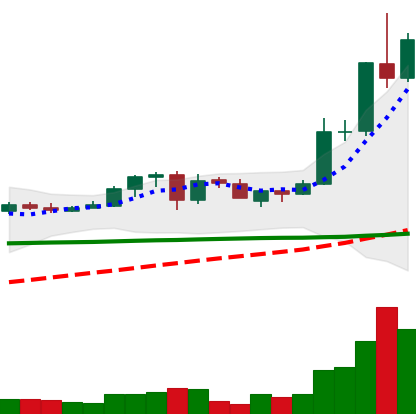
Ticker: ADA-USD
Chart end date: 2020-06-01
Forward return: 5.985%
Label: up_5_7